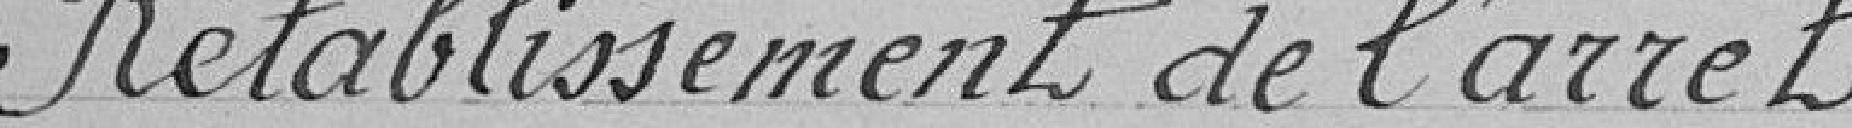
Rétablissement de l'arrêt